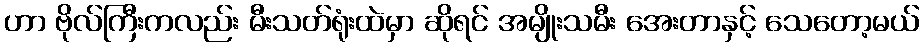
ဟာ ဗိုလ်ကြီးကလည်း မီးသတ်ရုံးထဲမှာ ဆိုရင် အမျိုးသမီး အေးတာနှင့် သေတော့မယ်